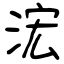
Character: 浤